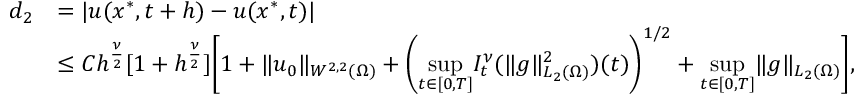
\begin{array} { r l } { d _ { 2 } } & { = | u ( x ^ { * } , t + h ) - u ( x ^ { * } , t ) | } \\ & { \leq C h ^ { \frac { \nu } { 2 } } [ 1 + h ^ { \frac { \nu } { 2 } } ] \bigg [ 1 + \| u _ { 0 } \| _ { W ^ { 2 , 2 } ( \Omega ) } + \bigg ( \underset { t \in [ 0 , T ] } { \operatorname* { s u p } } I _ { t } ^ { \nu } ( \| g \| _ { L _ { 2 } ( \Omega ) } ^ { 2 } ) ( t ) \bigg ) ^ { 1 / 2 } + \underset { t \in [ 0 , T ] } { \operatorname* { s u p } } \| g \| _ { L _ { 2 } ( \Omega ) } \bigg ] , } \end{array}